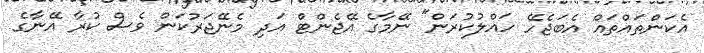
އެކަންތައްތައް އެބަޖެހޭ ހައްލުކުރަން" ނޭމާގެ އޭޖެންޓް އަދި މެނޭޖަރުކަން ވެސް ކުރާ އޭނާގެ